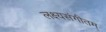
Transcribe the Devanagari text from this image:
लक्ष्यसंगीतम्‌